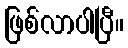
ဖြစ်လာပါပြီ။